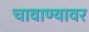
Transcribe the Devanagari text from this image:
चावाण्यावर